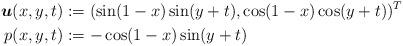
LaTeX: \begin{align*} \boldsymbol{u}(x, y, t) &:= (\sin(1 - x) \sin(y + t), \cos(1 - x)\cos(y + t))^T\\ p(x, y, t) &:= -\cos(1 - x) \sin(y + t) \end{align*}